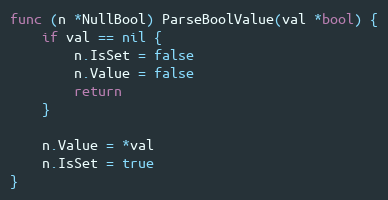
Language: Go
func (n *NullBool) ParseBoolValue(val *bool) {
	if val == nil {
		n.IsSet = false
		n.Value = false
		return
	}

	n.Value = *val
	n.IsSet = true
}